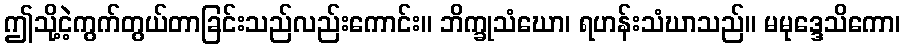
ဤသို့ငဲ့ကွက်တွယ်တာခြင်းသည်လည်းကောင်း။ ဘိက္ခုသံဃော၊ ရဟန်းသံဃာသည်။ မမုဒ္ဒေသိကော၊